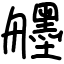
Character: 𦪷